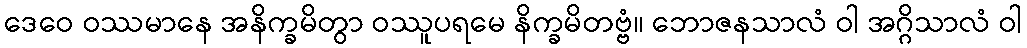
ဒေဝေ ဝဿမာနေ အနိက္ခမိတွာ ဝဿူပရမေ နိက္ခမိတဗ္ဗံ။ ဘောဇနသာလံ ဝါ အဂ္ဂိသာလံ ဝါ